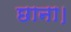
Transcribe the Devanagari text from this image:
छाना।